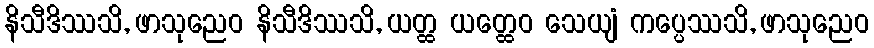
နိသီဒိဿသိ, ဖာသုညေဝ နိသီဒိဿသိ, ယတ္ထ ယတ္ထေဝ သေယျံ ကပ္ပေဿသိ, ဖာသုညေဝ